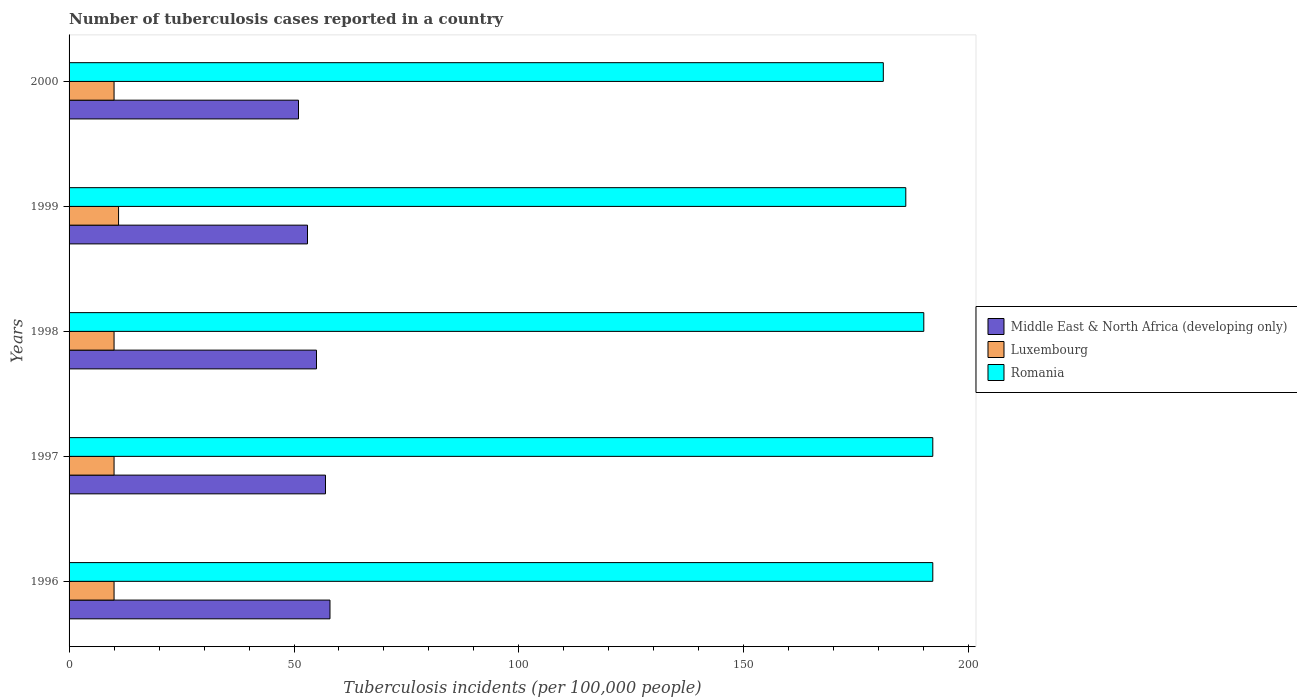
| Years | Middle East & North Africa (developing only) | Luxembourg | Romania |
 | --- | --- | --- | --- |
 | 1996 | 58 | 10 | 192 |
 | 1997 | 57 | 10 | 192 |
 | 1998 | 55 | 10 | 190 |
 | 1999 | 53 | 11 | 186 |
 | 2000 | 51 | 10 | 181 |